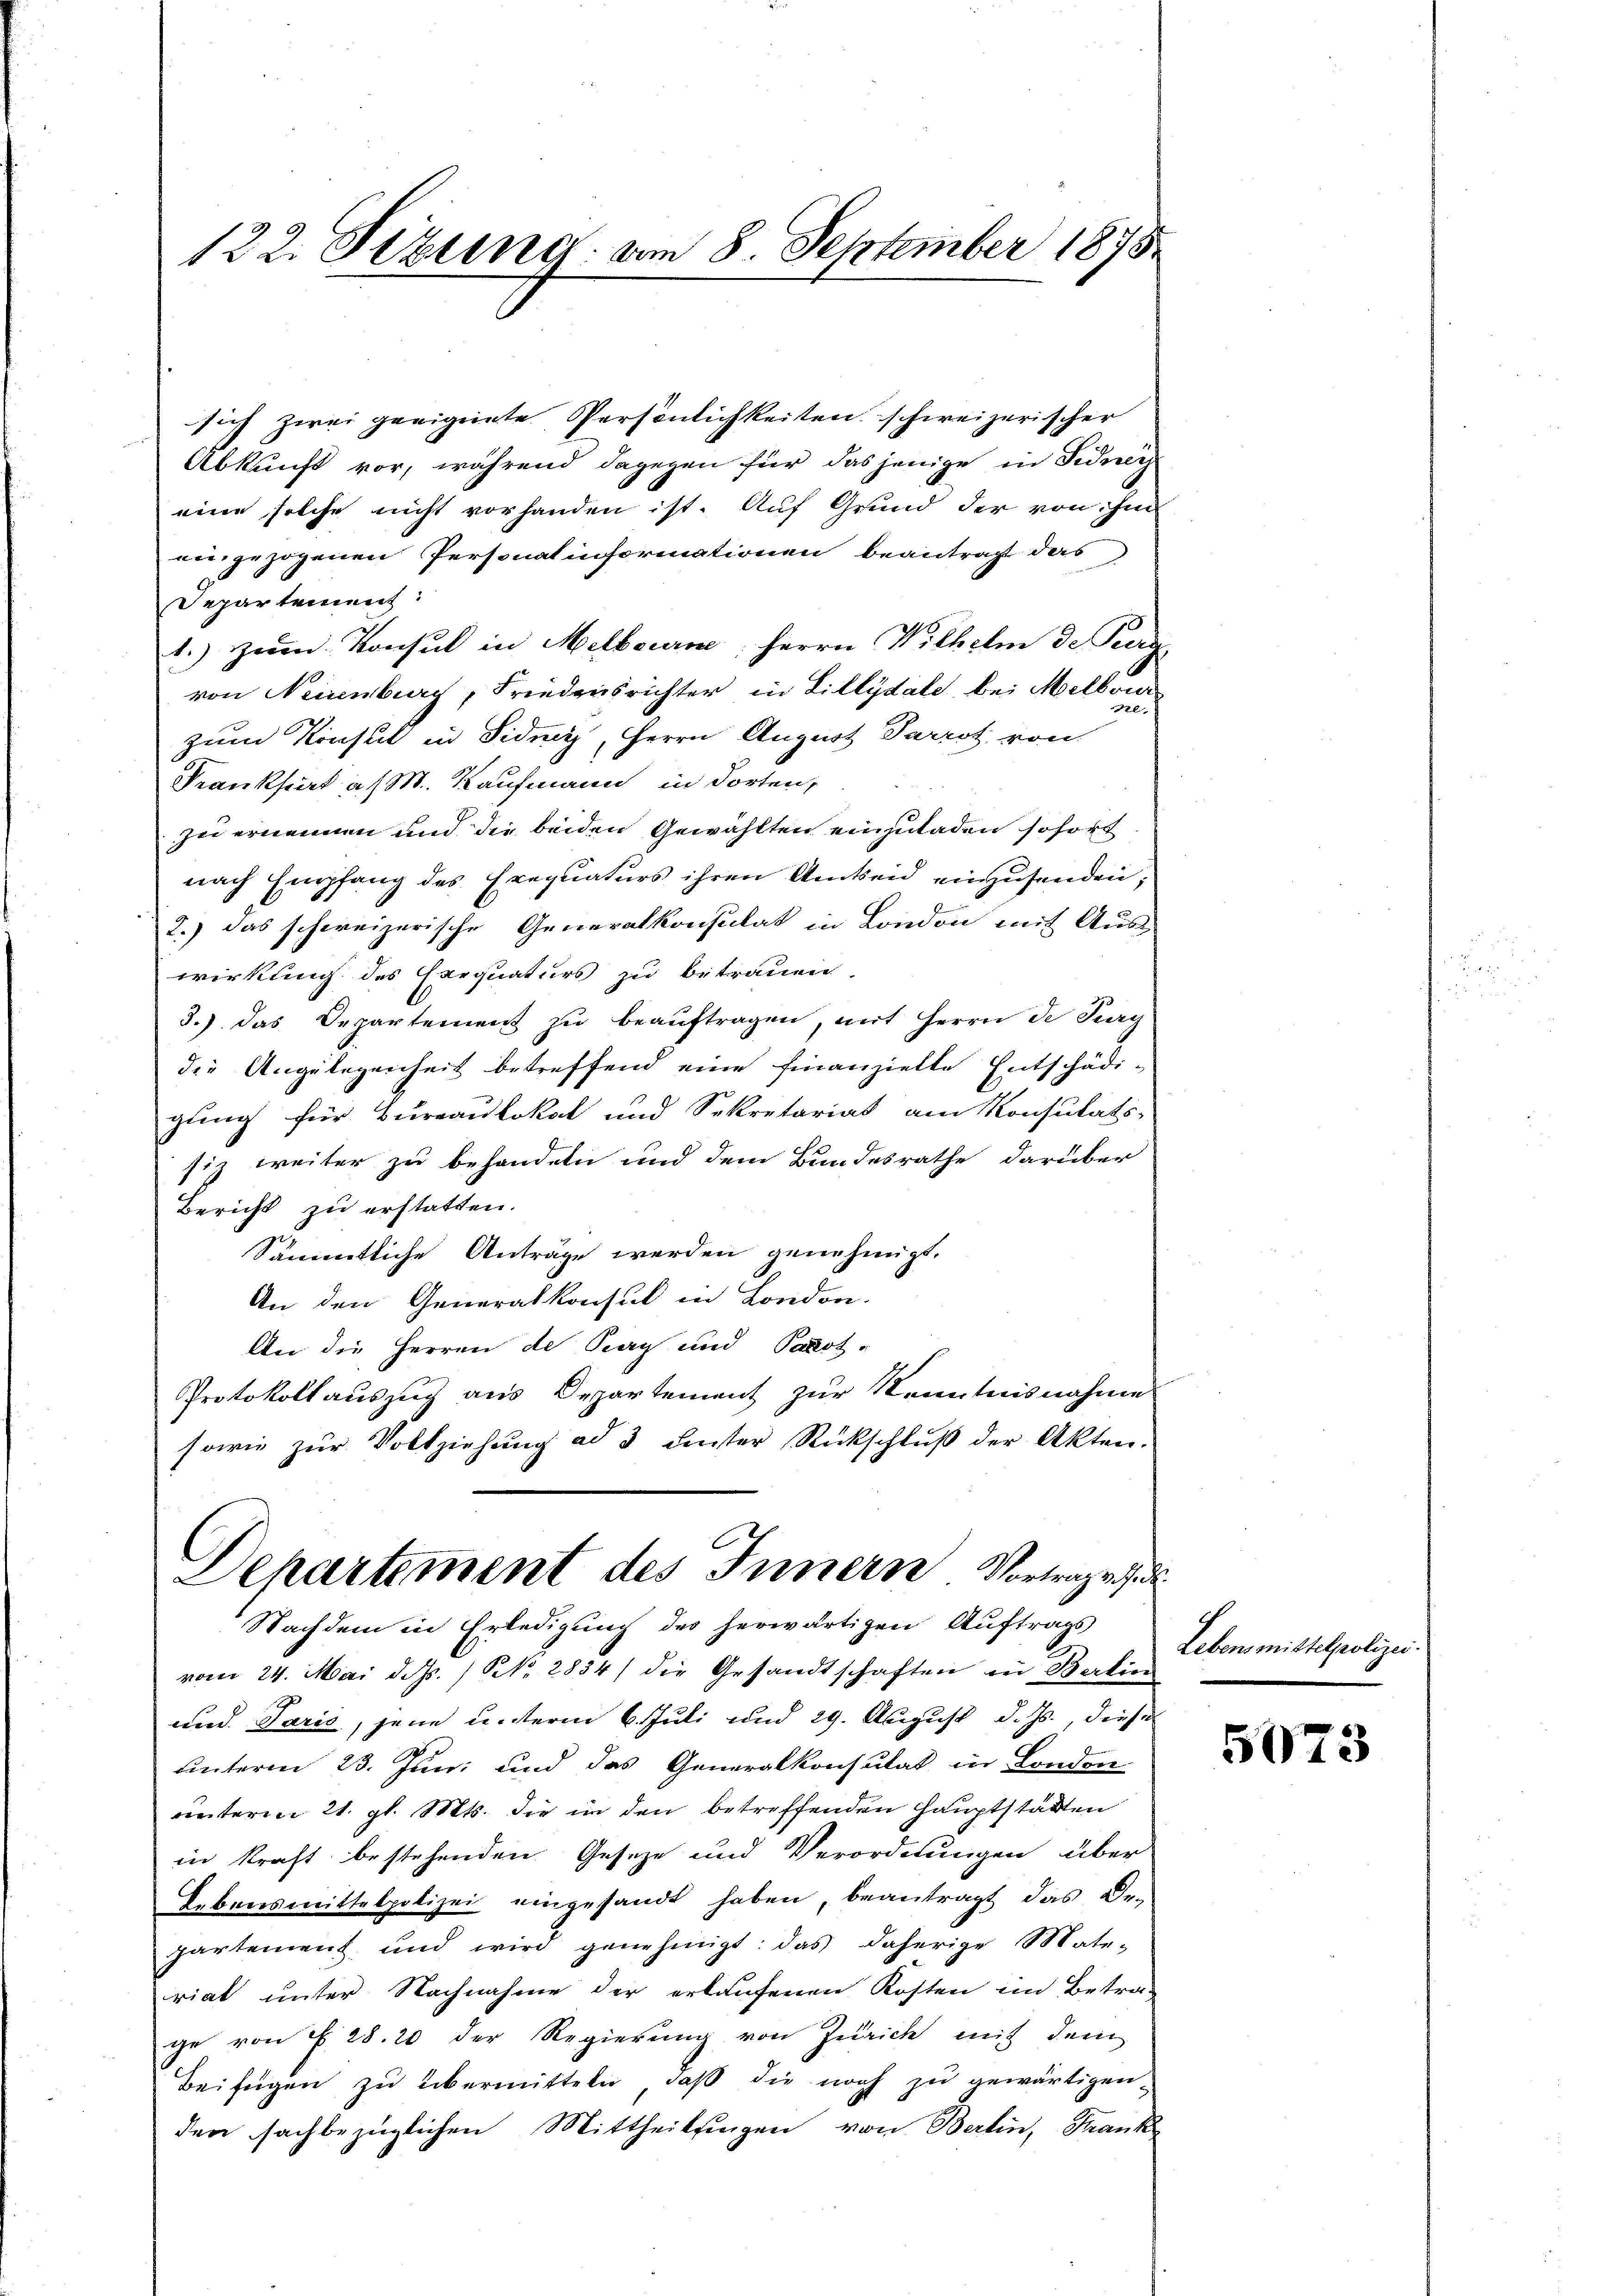
122. Sizung am 8. September 1878

sich zwei geeignete Persönlichkeiten schweizerischer
Abkunft vor, während dagegen für das jenige in Fidney
eine solche nicht vorhanden ist. Auf Grund der von ihm
eingezogenen Personat informationen beantragt das
Departement:
1.) zum Konsul in Melbourne, Herrn Wilhelm de Perg
von Neuenburg, Friedensrichter in Lillydale bei Melbour
370
zum Konsul in Fideiz, Herrn August Parrot von
Frankheit a M. Kaufmann in dorten,
zu ernennen und die beiden Gewählten einzuladen sofort
nach Empfang des Exequaturs ihren Anken einzusenden,
2.) Das schweizerische Generalkonsulat in London mit Aus-
wirkung des Exequaturs zu betrauen.
3.) das Departement zu beauftragen, mit Herrn de Purg
die Angelegenheit betreffend eine finanzielte Entschädigung für Bureaulokal und Sekretariat am Konsulats-
siz weiter zu behandeln und dem Bundesrathe darüber
Bericht zu erstatten.
Sämmtliche Antrage werden genehmigt.
An den Generalkonsul in London.
An die Herren de Pay und Parot-
Protokollauszug aus Departement zur Kenntnisnahme
sowie zur Vollziehung ad 3 unter Rückschlŭβ der Akten.
Departement des Innern Vortrages d
Nachdem in Erledigung des herwärtigen Auftrags
vom 24. Mai d. Js. / N. 2834) die Gesandtschaften in Berlin
und Paris, jene unterm 6. Juli und 29. August d. Js., dieses
unterm 23. Jun. und das Generalkonsulat in London
unterm 21. gl. Mts. die in den betreffenden Hauptstatten
in kraft bestehenden Geseze und Verordnungen über
Lebensmittelpolizei eingesandt haben, beantragt, das Dr.
partement und wird genehmigt: das daherige Mate-
riat unter Nachnahme der erkaufenen Kosten im Betra-
ge von § 28. 20 der Regierung von Zürich mit dem
Beifügen zu übermitteln, daß die noch zu gewärtigen
den sachbezüglichen Mittheilungen von Berlin, Frank

Lebensmittelpolizei.

5073